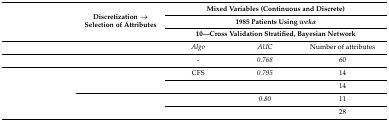
<table><thead><tr><td rowspan="3">[EMPTY_CELL]</td><td rowspan="3"><b>Discretization → Selection of Attributes</b></td><td colspan="3"><b>Mixed Variables (Continuous and Discrete)</b></td></tr><tr><td colspan="3"><b>1985 Patients Using <i>weka</i></b></td></tr><tr><td colspan="3"><b>10—Cross Validation Stratified, Bayesian Network</b></td></tr></thead><tbody><tr><td>[EMPTY_CELL]</td><td>[EMPTY_CELL]</td><td><i>Algo</i></td><td><i>AUC</i></td><td>Number of attributes</td></tr><tr><td>[EMPTY_CELL]</td><td>[EMPTY_CELL]</td><td>-</td><td><i>0.768</i></td><td>60</td></tr><tr><td rowspan="4">[EMPTY_CELL]</td><td rowspan="2">[EMPTY_CELL]</td><td>CFS</td><td><i>0.795</i></td><td>14</td></tr><tr><td>[EMPTY_CELL]</td><td>[EMPTY_CELL]</td><td>14</td></tr><tr><td rowspan="2">[EMPTY_CELL]</td><td>[EMPTY_CELL]</td><td><i>0.80</i></td><td>11</td></tr><tr><td>[EMPTY_CELL]</td><td>[EMPTY_CELL]</td><td>28</td></tr></tbody></table>